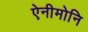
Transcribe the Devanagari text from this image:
ऐनीमोनि